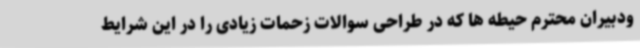
ودبیران محترم حیطه ها که در طراحی سوالات زحمات زیادی را در این شرایط